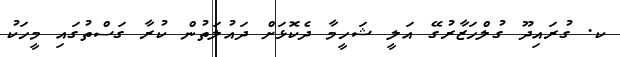
ކ. ގުރައިދޫ ގުލްހަޒާރުގޭ އަލީ ޝަހީމާ ދެކޮޅަށް ދައުލަތުން ކުރާ ގަސްތުގައި މީހަކު